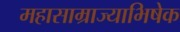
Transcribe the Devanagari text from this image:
महासाम्राज्याभिषेक